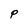
Character: P